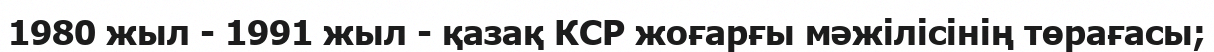
1980 жыл - 1991 жыл - қазақ КСР жоғарғы мәжілісінің төрағасы;